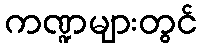
ကဏ္ဍများတွင်